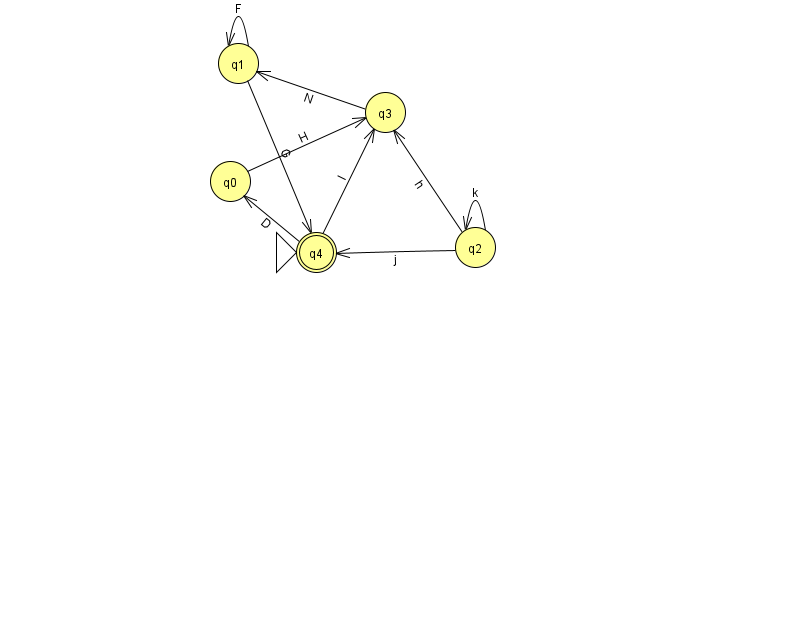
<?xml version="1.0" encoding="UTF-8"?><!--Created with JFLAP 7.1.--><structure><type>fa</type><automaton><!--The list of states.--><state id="0" name="q0"><x>230.0</x><y>168.0</y></state><state id="1" name="q1"><x>238.0</x><y>50.0</y></state><state id="2" name="q2"><x>475.0</x><y>234.0</y></state><state id="3" name="q3"><x>385.0</x><y>99.0</y></state><state id="4" name="q4"><x>316.0</x><y>239.0</y><initial/><final/></state><!--The list of transitions.--><transition><from>3</from><to>1</to><read>N</read></transition><transition><from>4</from><to>0</to><read>D</read></transition><transition><from>1</from><to>1</to><read>F</read></transition><transition><from>1</from><to>4</to><read>G</read></transition><transition><from>2</from><to>2</to><read>k</read></transition><transition><from>0</from><to>3</to><read>H</read></transition><transition><from>2</from><to>3</to><read>h</read></transition><transition><from>2</from><to>4</to><read>j</read></transition><transition><from>4</from><to>3</to><read>l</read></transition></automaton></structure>